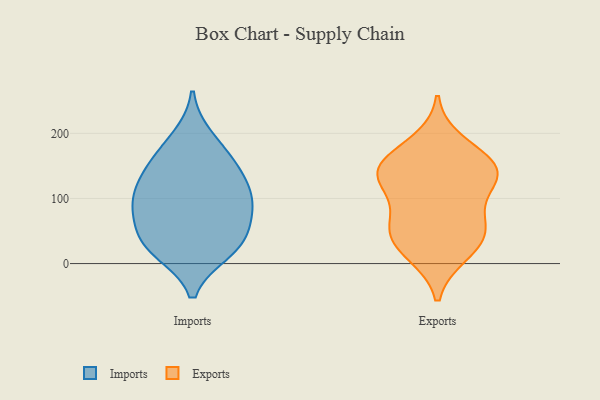
{"axis": {"x": "Customer Acquisition Cost (USD)", "y": "Value"}, "legend": ["Exports", "Imports"], "data": [{"x": "", "y": 156, "type": "Imports"}, {"x": "", "y": 132, "type": "Imports"}, {"x": "", "y": 112, "type": "Imports"}, {"x": "", "y": 19, "type": "Imports"}, {"x": "", "y": 103, "type": "Imports"}, {"x": "", "y": 23, "type": "Imports"}, {"x": "", "y": 158, "type": "Imports"}, {"x": "", "y": 193, "type": "Imports"}, {"x": "", "y": 88, "type": "Imports"}, {"x": "", "y": 87, "type": "Imports"}, {"x": "", "y": 34, "type": "Imports"}, {"x": "", "y": 37, "type": "Imports"}, {"x": "", "y": 69, "type": "Imports"}, {"x": "", "y": 49, "type": "Exports"}, {"x": "", "y": 119, "type": "Exports"}, {"x": "", "y": 53, "type": "Exports"}, {"x": "", "y": 113, "type": "Exports"}, {"x": "", "y": 187, "type": "Exports"}, {"x": "", "y": 14, "type": "Exports"}, {"x": "", "y": 153, "type": "Exports"}, {"x": "", "y": 142, "type": "Exports"}, {"x": "", "y": 138, "type": "Exports"}, {"x": "", "y": 143, "type": "Exports"}, {"x": "", "y": 156, "type": "Exports"}, {"x": "", "y": 52, "type": "Exports"}, {"x": "", "y": 66, "type": "Exports"}, {"x": "", "y": 18, "type": "Exports"}]}